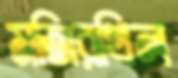
মজিরখিল